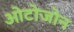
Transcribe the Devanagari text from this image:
ओटोजोन